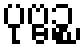
ပုဗ္ဗဉ္စ